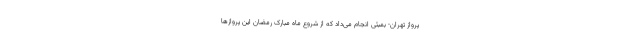
پرواز تهران- بمبئی انجام می‌داد که از شروع ماه مبارک رمضان این پروازها